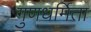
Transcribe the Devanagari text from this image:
गुणधर्मिता